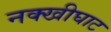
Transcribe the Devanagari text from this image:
नक्खीघाट